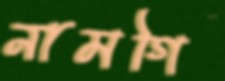
নামগি